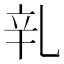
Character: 乵